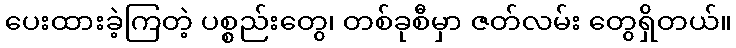
ပေးထားခဲ့ကြတဲ့ ပစ္စည်းတွေ၊ တစ်ခုစီမှာ ဇတ်လမ်း တွေရှိတယ်။